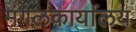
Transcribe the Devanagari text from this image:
मंगलकार्यालय